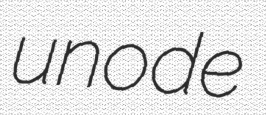
unode